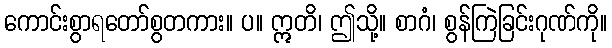
ကောင်းစွာရတော်စွတကား။ ပ။ ဣတိ၊ ဤသို့။ စာဂံ၊ စွန်ကြဲခြင်းဂုဏ်ကို။